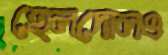
হেলদোলও